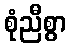
စုံညီစွာ